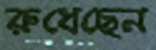
রুধেছেন